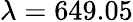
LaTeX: \lambda=649.05